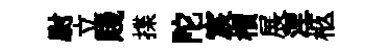
尉立賤揲陀宸檟展涅柩